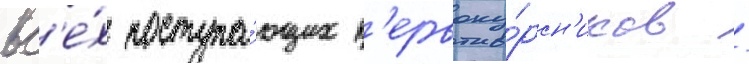
вс'е́х поступа́ющих п'ервоку́рсн'иков /